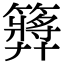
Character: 𥶝